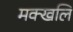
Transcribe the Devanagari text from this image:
मक्खलि